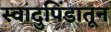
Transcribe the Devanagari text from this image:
स्वादुपिंडातून